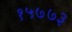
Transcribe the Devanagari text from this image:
१५७७३